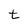
Character: t